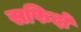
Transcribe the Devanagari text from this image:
सफिदों